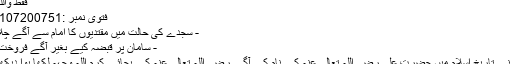
فقط واللہ اعلم
فتوی نمبر :144107200751
- سجدے کی حالت میں مقتدیوں کا امام سے آگے چلا جانا
- سامان پر قبضہ کیے بغیر آگے فروخت کرنا
- میں نے تاریخ اسلام میں حضرت علی رضی اللہ تعالی عنہ کے نام کے آگے رضی اللہ تعالی عنہ کے بجائے کرم اللہ وجہہ لکھا ہوا دیکھا ہے۔